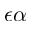
\epsilon \alpha